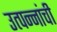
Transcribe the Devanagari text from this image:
उत्पन्नांची